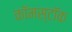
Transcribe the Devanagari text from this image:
कॉमस्टॉक